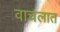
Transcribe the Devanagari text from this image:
वाचलात